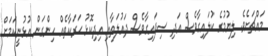
މައްޗަށެވެ. ލިޔުމުގެ ކުލައިގާވެސް އަދި ސިފައިގާވެސް ދައުލަތާއި އިދިކޮޅު ޙަރަކާތެއް ހިންގަން އުޅުނީކަމަށް